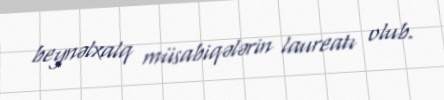
beynəlxalq müsabiqələrin laureatı olub.